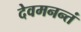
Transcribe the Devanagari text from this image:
देवमनन्तं